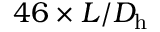
4 6 \times L / D _ { \mathrm { h } }